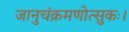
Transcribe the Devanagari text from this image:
जानुचंक्रमणोत्सुकः।